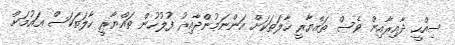
ސިއްހީ ދާއިރާއިން ވެސް ތައްޔާރީ ހާލަތަކަށް އަންނަމުންދާއިރު ފުލުހުން ތައްޔާރީ ހާލަތަކަސް އައުމަށް